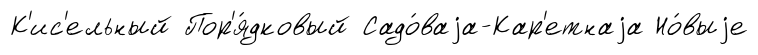
К'ис'ельный Пор'я́дковый Садо́ваjа-Кар'етнаjа Но́выjе